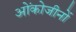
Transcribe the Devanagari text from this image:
ओंकोजीनों